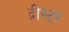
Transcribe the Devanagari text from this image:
द्नीस्टर